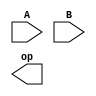
module f_adder(A,B,op);
input [15:0] A,B;
output [15:0] op;
reg sign;
reg [4:0] exp;
reg [9:0] man;


endmodule